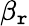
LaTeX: \beta_{\mathtt{r}}